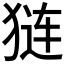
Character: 𬌵